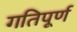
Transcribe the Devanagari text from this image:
गतिपूर्ण